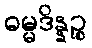
ဓမ္မဒိန္နဉ္စ